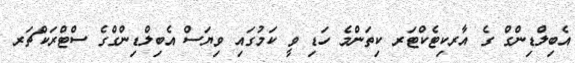
އެބިލްޑިންގް ގެ އާރކިޓެކްޓަރ ކިތަންމެ ހަޑި ވީ ކަމުގައި ވިޔަސް އެބިލްޑިންގްގެ ސްޓްރަކްޗަރ